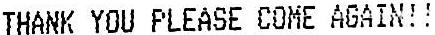
THANK YOU PLEASE COME AGAIN!!